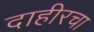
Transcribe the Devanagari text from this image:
दाहीरचा